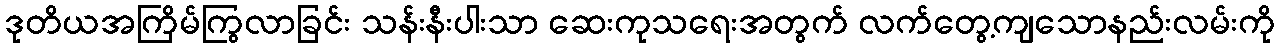
ဒုတိယအကြိမ်ကြွလာခြင်း သန်းနီးပါးသာ ဆေးကုသရေးအတွက် လက်တွေ့ကျသောနည်းလမ်းကို